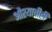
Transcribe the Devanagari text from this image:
औश्याचीही